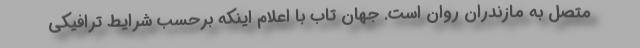
متصل به مازندران روان است. جهان تاب با اعلام اینکه برحسب شرایط ترافیکی